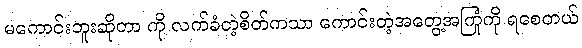
မကောင်းဘူးဆိုတာ ကို လက်ခံတဲ့စိတ်ကသာ ကောင်းတဲ့အတွေ့အကြုံကို ရစေတယ်